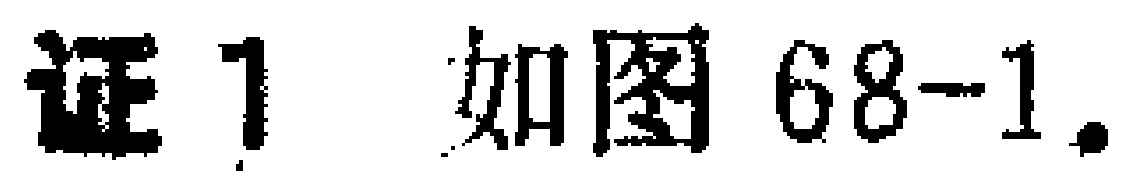
证 1 如图 68-1.